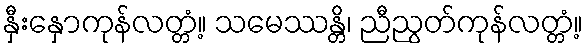
နှီးနှောကုန်လတ္တံ့။ သမေဿန္တိ၊ ညီညွတ်ကုန်လတ္တံ့။